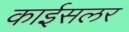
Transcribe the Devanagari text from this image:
काईसलर